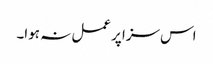
اس سزا پر عمل نہ ہوا۔